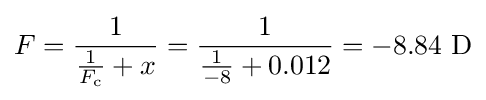
F={\frac {1}{{\frac {1}{F_{\text{c}}}}+x}}={\frac {1}{{\frac {1}{-8}}+0.012}}=-8.84{\text{ D}}